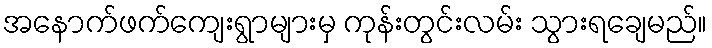
အနောက်ဖက်ကျေးရွာများမှ ကုန်းတွင်းလမ်း သွားရချေမည်။